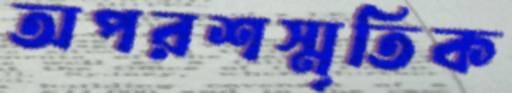
অপরশস্মৃতিক